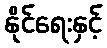
နိုင်ရေးနှင့်